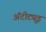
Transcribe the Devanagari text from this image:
अॅटीट्यूड